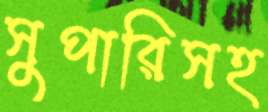
সুপারিসহ